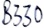
Text: B330